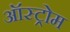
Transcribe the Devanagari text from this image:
ऑस्ट्रोम